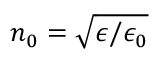
n _ { 0 } = \sqrt { \epsilon / \epsilon _ { 0 } }